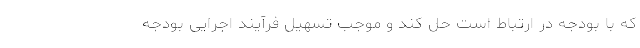
که با بودجه در ارتباط است حل کند و موجب تسهیل فرآیند اجرایی بودجه